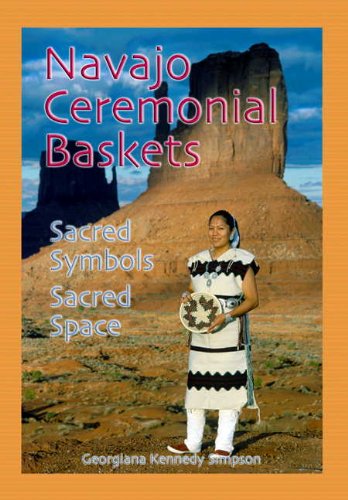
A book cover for Navajo Ceremonial Baskets: Sacred Symbols Sacred Space; Georgianna Kennedy Simpson; Crafts, Hobbies & Home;